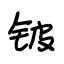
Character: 铍